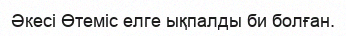
Әкесі Өтеміс елге ықпалды би болған.